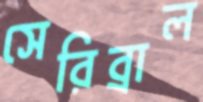
সেরিব্রাল